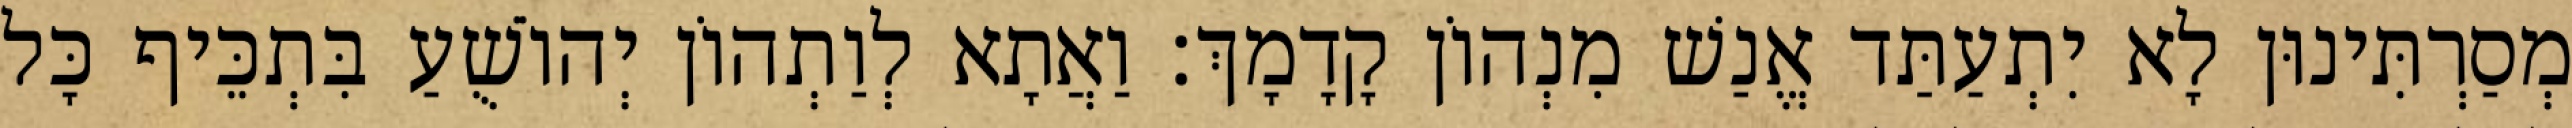
מְסַרְתִּינוּן לָא יִתְעַתַּד אֱנַשׁ מִנְהוֹן קָדָמָךְ׃ וַאֲתָא לְוַתְהוֹן יְהוֹשֻׁעַ בִּתְכֵּיף כָּל